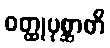
ဝတ္ထုပုစ္ဆာတိ